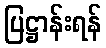
ပြဋ္ဌာန်းရန်